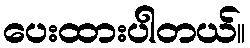
ပေးထားပါတယ်။